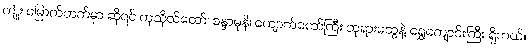
ကျုံး မြောက်ဘက်မှာ ဆိုရင် ကုသိုလ်တော်၊ စန္ဒာမုနိ၊ ကျောက်တော်ကြီး ဘုရားတွေနဲ့ ရွှေကျောင်းကြီး ရှိတယ်။